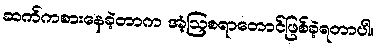
ဆက်ကစားနေခဲ့တာက အံ့ဩစရာတောင်ဖြစ်ခဲ့ရတာပါ။